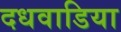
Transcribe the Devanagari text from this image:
दधवाडिया